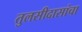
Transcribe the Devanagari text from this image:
तुलसीदासांचा